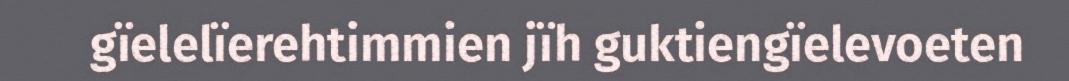
gïelelïerehtimmien jïh guktiengïelevoeten